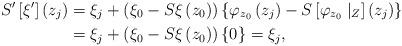
LaTeX: \begin{align*}S^{\prime}\left[ \xi^{\prime}\right] \left( z_{j}\right) & =\xi_{j}+\left( \xi_{0}-S\xi\left( z_{0}\right) \right) \left\{\varphi_{z_{0}}\left( z_{j}\right) -S\left[ \varphi_{z_{0}}\mid_{Z}\right]\left( z_{j}\right) \right\} \\& =\xi_{j}+\left( \xi_{0}-S\xi\left( z_{0}\right) \right) \left\{0\right\} =\xi_{j},\end{align*}